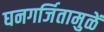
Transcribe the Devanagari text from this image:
घनगर्जितामुळें